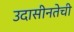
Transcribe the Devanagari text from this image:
उदासीनतेची